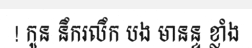
! កូន នឹករលឹក បង មានន្ទ ខ្លាំង